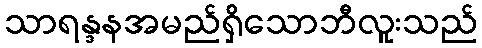
သာရန္ဒနအမည်ရှိသောဘီလူးသည်